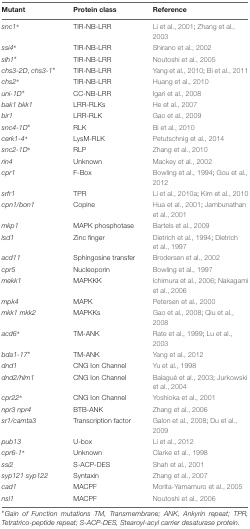
<table><thead><tr><td><b>Mutant</b></td><td><b>Protein class</b></td><td><b>Reference</b></td></tr></thead><tbody><tr><td><i>snc1<sup>∗</sup></i></td><td>TIR-NB-LRR</td><td>Li et al., 2001; Zhang et al., 2003</td></tr><tr><td><i>ssi4<sup>∗</sup></i></td><td>TIR-NB-LRR</td><td>Shirano et al., 2002</td></tr><tr><td><i>slh1<sup>∗</sup></i></td><td>TIR-NB-LRR</td><td>Noutoshi et al., 2005</td></tr><tr><td><i>chs3-2D, chs3-1<sup>∗</sup></i></td><td>TIR-NB-LRR</td><td>Yang et al., 2010; Bi et al., 2011</td></tr><tr><td><i>chs2<sup>∗</sup></i></td><td>TIR-NB-LRR</td><td>Huang et al., 2010</td></tr><tr><td><i>uni-1D<sup>∗</sup></i></td><td>CC-NB-LRR</td><td>Igari et al., 2008</td></tr><tr><td><i>bak1 bkk1</i></td><td>LRR-RLKs</td><td>He et al., 2007</td></tr><tr><td><i>bir1</i></td><td>LRR-RLK</td><td>Gao et al., 2009</td></tr><tr><td><i>snc4-1D<sup>∗</sup></i></td><td>RLK</td><td>Bi et al., 2010</td></tr><tr><td><i>cerk1-4<sup>∗</sup></i></td><td>LysM-RLK</td><td>Petutschnig et al., 2014</td></tr><tr><td><i>snc2-1D<sup>∗</sup></i></td><td>RLP</td><td>Zhang et al., 2010</td></tr><tr><td><i>rin4</i></td><td>Unknown</td><td>Mackey et al., 2002</td></tr><tr><td><i>cpr1</i></td><td>F-Box</td><td>Bowling et al., 1994; Gou et al., 2012</td></tr><tr><td><i>srfr1</i></td><td>TPR</td><td>Li et al., 2010a; Kim et al., 2010</td></tr><tr><td><i>cpn1/bon1</i></td><td>Copine</td><td>Hua et al., 2001; Jambunathan et al., 2001</td></tr><tr><td><i>mkp1</i></td><td>MAPK phosphotase</td><td>Bartels et al., 2009</td></tr><tr><td><i>lsd1</i></td><td>Zinc finger</td><td>Dietrich et al., 1994; Dietrich et al., 1997</td></tr><tr><td><i>acd11</i></td><td>Sphingosine transfer</td><td>Brodersen et al., 2002</td></tr><tr><td><i>cpr5</i></td><td>Nucleoporin</td><td>Bowling et al., 1997</td></tr><tr><td><i>mekk1</i></td><td>MAPKKK</td><td>Ichimura et al., 2006; Nakagami et al., 2006</td></tr><tr><td><i>mpk4</i></td><td>MAPK</td><td>Petersen et al., 2000</td></tr><tr><td><i>mkk1 mkk2</i></td><td>MAPKKs</td><td>Gao et al., 2008; Qiu et al., 2008</td></tr><tr><td><i>acd6<sup>∗</sup></i></td><td>TM-ANK</td><td>Rate et al., 1999; Lu et al., 2003</td></tr><tr><td><i>bda1-17<sup>∗</sup></i></td><td>TM-ANK</td><td>Yang et al., 2012</td></tr><tr><td><i>dnd1</i></td><td>CNG Ion Channel</td><td>Yu et al., 1998</td></tr><tr><td><i>dnd2/hlm1</i></td><td>CNG Ion Channel</td><td>Balagué et al., 2003; Jurkowski et al., 2004</td></tr><tr><td><i>cpr22<sup>∗</sup></i></td><td>CNG Ion Channel</td><td>Yoshioka et al., 2001</td></tr><tr><td><i>npr3 npr4</i></td><td>BTB-ANK</td><td>Zhang et al., 2006</td></tr><tr><td><i>sr1/camta3</i></td><td>Transcription factor</td><td>Galon et al., 2008; Du et al., 2009</td></tr><tr><td><i>pub13</i></td><td>U-box</td><td>Li et al., 2012</td></tr><tr><td><i>cpr6-1<sup>∗</sup></i></td><td>Unknown</td><td>Clarke et al., 1998</td></tr><tr><td><i>ssi2</i></td><td>S-ACP-DES</td><td>Shah et al., 2001</td></tr><tr><td><i>syp121 syp122</i></td><td>Syntaxin</td><td>Zhang et al., 2007</td></tr><tr><td><i>cad1</i></td><td>MACPF</td><td>Morita-Yamamuro et al., 2005</td></tr><tr><td><i>nsl1</i></td><td>MACPF</td><td>Noutoshi et al., 2006</td></tr></tbody></table>